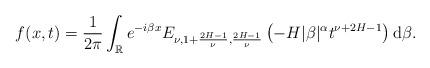
LaTeX: \begin{align*} & f(x,t) = \frac{1}{2 \pi} \int_{\mathbb{R}} e^{-i \beta x} E_{\nu, 1+\frac{2H-1}{\nu}, \frac{2H-1}{\nu}} \left(-H |\beta|^{\alpha} t^{\nu+2H-1} \right) \mathrm d\beta. \end{align*}